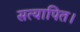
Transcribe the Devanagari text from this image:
सत्यापित।